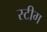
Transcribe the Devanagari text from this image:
स्टीग